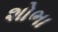
શોભા